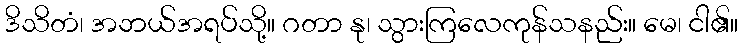
ဒိသိတံ၊ အဘယ်အရပ်သို့။ ဂတာ နု၊ သွားကြလေကုန်သနည်း။ မေ၊ ငါ၏။